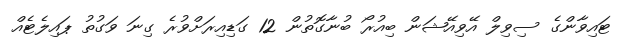
ޓައިވާންގެ ސިވިލް އޭވިއޭޝަން ބިއުރޯ ބުނާގޮތުން 12 ގަޑިއިރަށްވުރެ ގިނަ ވަގުތު ޕައިލެޓެއް